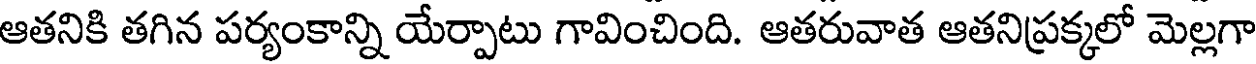
ఆతనికి తగిన పర్యంకాన్ని యేర్పాటు గావించింది. ఆతరువాత ఆతనిప్రక్కలో మెల్లగా